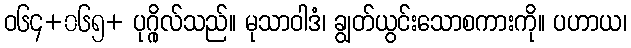
ဝ၆၄+၀၆၅+ ပုဂ္ဂိုလ်သည်။ မုသာဝါဒံ၊ ချွတ်ယွင်းသောစကားကို။ ပဟာယ၊